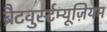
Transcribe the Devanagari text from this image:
ब्रैटवुर्स्टम्यूज़ियम